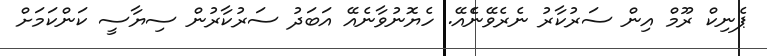
ޕެނިކް ރޫމް އިން ސަރުކާރު ނެރެވޭނެެެއޭ. ހެޔޮނުވާނެއޭ އަބަދު ސަރުކާރުން ސިޔާސީ ކަންކަމަށް